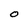
Character: O